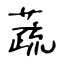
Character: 蔬